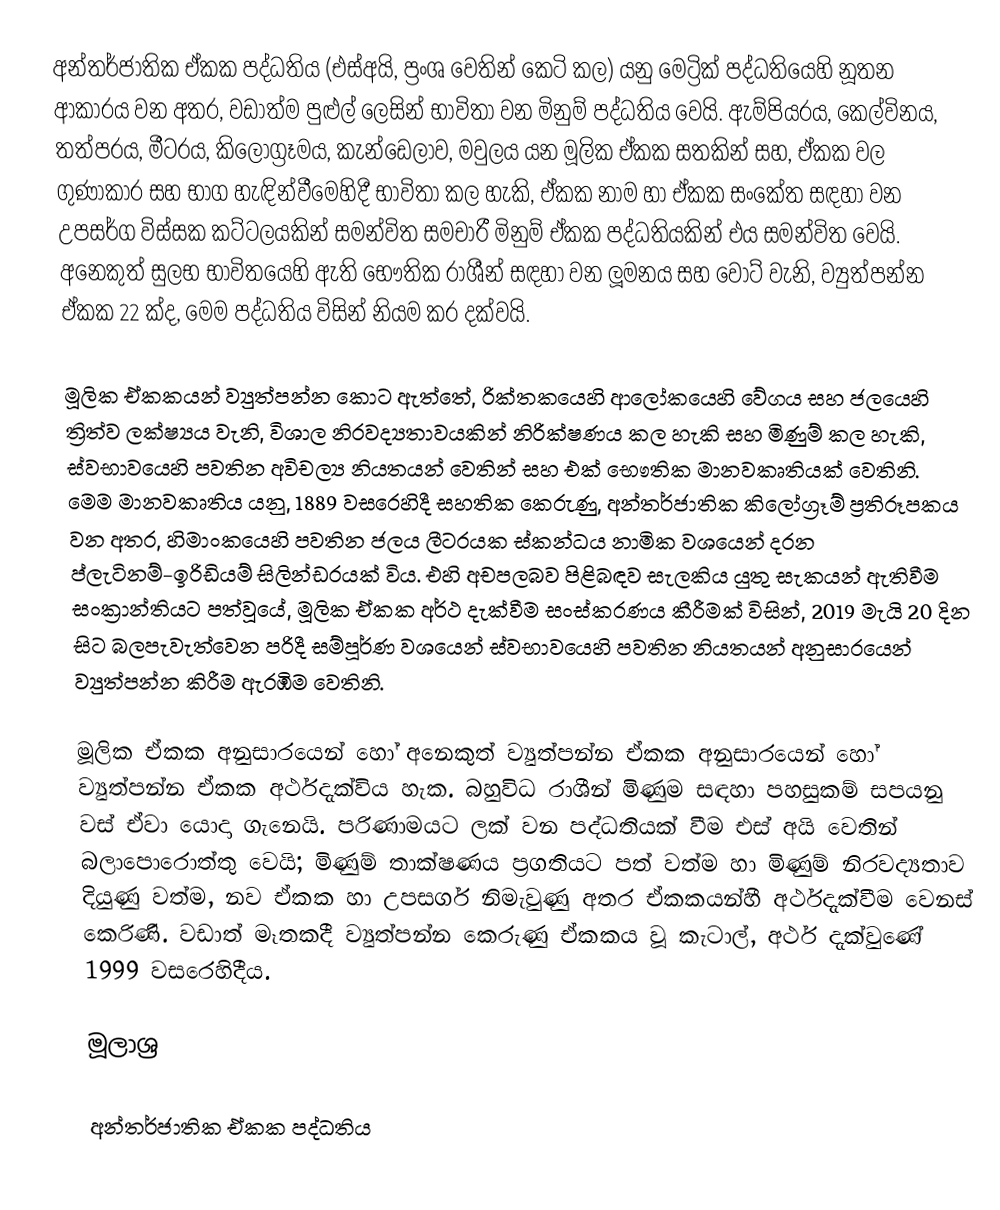
අන්තර්ජාතික ඒකක පද්ධතිය (එස්අයි, ප්‍රංශ  වෙතින් කෙටි කල) යනු  මෙට්‍රික් පද්ධතියෙහි නූතන ආකාරය වන අතර, වඩාත්ම පුළුල් ලෙසින් භාවිතා වන මිනුම් පද්ධතිය වෙයි. ඇම්පියරය, කෙල්විනය, තත්පරය, මීටරය, කිලෝග්‍රෑමය, කැන්ඩෙලාව, මවුලය යන මූලික ඒකක සතකින් සහ, ඒකක වල ගුණාකාර සහ භාග හැඳින්වීමෙහිදී භාවිතා කල හැකි, ඒකක නාම හා ඒකක සංකේත සඳහා වන උපසර්ග විස්සක කට්ටලයකින් සමන්විත සමචාරී මිනුම් ඒකක පද්ධතියකින් එය සමන්විත වෙයි. අනෙකුත් සුලභ භාවිතයෙහි ඇති භෞතික රාශීන් සඳහා වන  ලූමනය සහ වොට් වැනි,  ව්‍යුත්පන්න ඒකක 22 ක්ද, මෙම පද්ධතිය විසින් නියම කර දක්වයි.

මූලික ඒකකයන් ව්‍යුත්පන්න කොට ඇත්තේ,  රික්තකයෙහි  ආලෝකයෙහි වේගය සහ  ජලයෙහි ත්‍රිත්ව ලක්ෂ්‍යය වැනි, විශාල නිරවද්‍යතාවයකින් නිරික්ෂණය කල හැකි සහ මිණුම් කල හැකි,  ස්වභාවයෙහි පවතින අවිචල්‍ය නියතයන් වෙතින් සහ එක් භෞතික මානවකෘතියක් වෙතිනි. මෙම මානවකෘතිය යනු, 1889 වසරෙහිදී සහතික කෙරුණු,  අන්තර්ජාතික කිලෝග්‍රෑම්  ප්‍රතිරූපකය වන අතර, හිමාංකයෙහි පවතින ජලය ලීටරයක ස්කන්ධය නාමික වශයෙන් දරන ප්ලැටිනම්-ඉරිඩියම් සිලින්ඩරයක් විය. එහි අචපලබව පිළිබඳව සැලකිය යුතු  සැකයන් ඇතිවීම සංක්‍රාන්තියට පත්වූයේ, මූලික ඒකක  අර්ථ දැක්වීම සංස්කරණය කීරීමක් විසින්, 2019 මැයි 20 දින සිට බලපැවැත්වෙන පරිදී සම්පූර්ණ වශයෙන් ස්වභාවයෙහි පවතින නියතයන් අනුසාරයෙන් ව්‍යුත්පන්න කිරීම ඇරඹිම වෙතිනි.

මූලික ඒකක අනුසාරයෙන් හෝ අනෙකුත් ව්‍යුත්පන්න ඒකක අනුසාරයෙන් හෝ ව්‍යුත්පන්න ඒකක අර්ථදැක්විය හැක. බහුවිධ රාශීන් මිණුම සඳහා පහසුකම් සපයනු වස් ඒවා  යොදා ගැනෙයි. පරිණාමයට ලක් වන පද්ධතියක් වීම එස් අයි වෙතින් බලාපොරොත්තු වෙයි; මිණුම් තාක්ෂණය ප්‍රගතියට පත් වත්ම හා මිණුම් නිරවද්‍යතාව දියුණු වත්ම, නව ඒකක හා උපසර්ග නිමැවුණු අතර ඒකකයන්හී අර්ථදැක්වීම වෙනස් කෙරිණි. වඩාත් මෑතකදී ව්‍යුත්පන්න කෙරුණු ඒකකය වූ කැටාල්, අර්ථ දැක්වුණේ 1999 වසරෙහිදීය.

මූලාශ්‍ර

අන්තර්ජාතික ඒකක පද්ධතිය